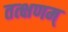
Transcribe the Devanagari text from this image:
तत्क्षणम्